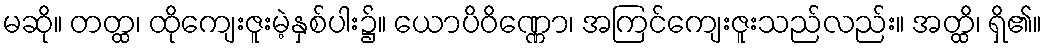
မဆို။ တတ္ထ၊ ထိုကျေးဇူးမဲ့နှစ်ပါး၌။ ယောပိဝိဏ္ဏော၊ အကြင်ကျေးဇူးသည်လည်း။ အတ္ထိ၊ ရှိ၏။